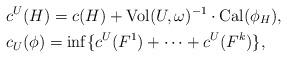
LaTeX: \begin{align*}&c^U(H)=c(H)+\mathrm{Vol}(U,\omega)^{-1}\cdot\mathrm{Cal}(\phi_H),\\&c_U(\phi)=\inf\{ c^U(F^1)+\cdots +c^U(F^k) \},\end{align*}